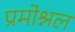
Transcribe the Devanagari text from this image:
प्रमोश्नल